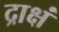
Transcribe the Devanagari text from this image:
द्राक्षं